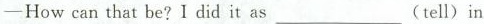
——Howcan that be? I did it as_(tell)in